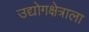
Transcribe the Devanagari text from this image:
उद्योगक्षेत्राला